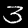
Label: 3